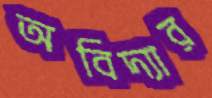
অবিদ্যার